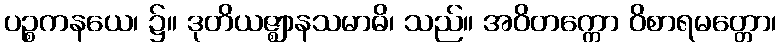
ပဉ္စကနယေ၊ ၌။ ဒုတိယဇ္ဈာနသမာဓိ၊ သည်။ အဝိတက္ကော ဝိစာရမတ္တော၊